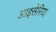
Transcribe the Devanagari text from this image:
आइसेरिया